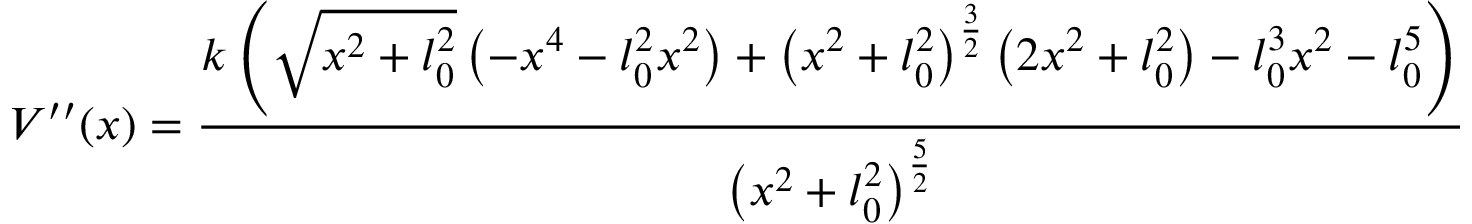
V ^ { \prime \prime } ( x ) = \frac { k \left( \sqrt { x ^ { 2 } + l _ { 0 } ^ { 2 } } \left( - x ^ { 4 } - l _ { 0 } ^ { 2 } x ^ { 2 } \right) + \left( x ^ { 2 } + l _ { 0 } ^ { 2 } \right) ^ { \frac { 3 } { 2 } } \left( 2 x ^ { 2 } + l _ { 0 } ^ { 2 } \right) - l _ { 0 } ^ { 3 } x ^ { 2 } - l _ { 0 } ^ { 5 } \right) } { \left( x ^ { 2 } + l _ { 0 } ^ { 2 } \right) ^ { \frac { 5 } { 2 } } }